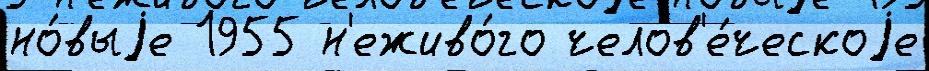
но́выjе 1955 н'еживо́го челов'е́ческоjе